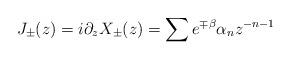
LaTeX: \begin{align*}J_{\pm }(z) = i\partial _z X_{\pm }(z) = \sum e^{\mp \beta }\alpha _n z^{-n-1}\end{align*}